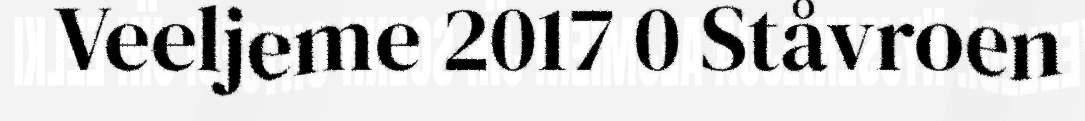
Veeljeme 2017 0 Ståvroen